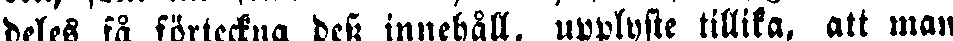
deles få förteckna dess innehåll, upplyste tillika, att man